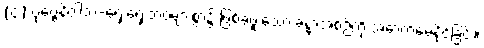
(၄) ပုဗ္ဗေနိဝါသ-ရှေးရှေးဘဝများစွာ၌ ဖြစ်ခဲ့ဖူးသော ခန္ဓာအစဉ်ကို အောက်မေ့နိုင်ခြင်း။